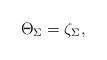
LaTeX: \begin{align*}\Theta_\Sigma = \zeta_\Sigma,\end{align*}